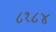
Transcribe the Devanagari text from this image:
८१८४